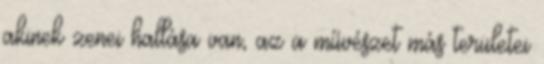
akinek zenei hallása van, az a művészet más területei